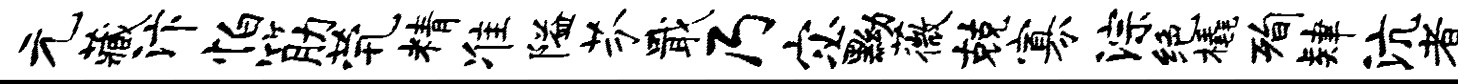
元藏汴怕筋茕精准隘芬戢乃宓黝薇兢寡淙绝橇洵肄沆煮